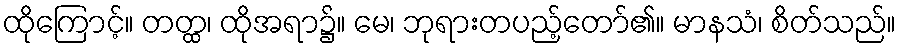
ထိုကြောင့်။ တတ္ထ၊ ထိုအရာ၌။ မေ၊ ဘုရားတပည့်တော်၏။ မာနသံ၊ စိတ်သည်။